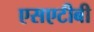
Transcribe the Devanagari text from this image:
एसएटीबी